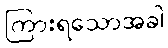
ကြားရသောအခါ